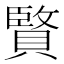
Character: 𮚚